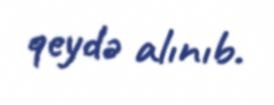
qeydə alınıb.